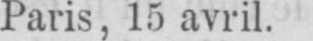
Paris, 15 avril.